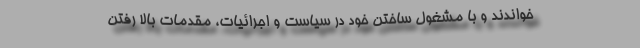
خواندند و با مشغول ساختن خود در سیاست و اجرائیات، مقدمات بالا رفتن